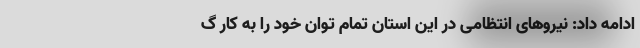
ادامه داد: نیروهای انتظامی در این استان تمام توان خود را به کار گ